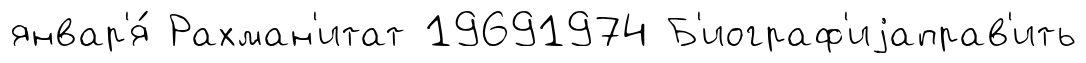
январ'я́ Рахман'итат 19691974 Б'иограф'иjаправ'ить